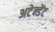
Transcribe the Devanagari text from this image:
अटेन्डेंट